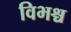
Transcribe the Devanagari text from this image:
विभश्च